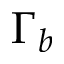
\Gamma _ { b }